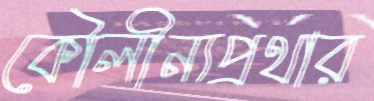
কৌলীন্যপ্রথার